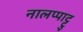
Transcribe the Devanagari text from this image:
नालप्पाट्टु